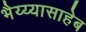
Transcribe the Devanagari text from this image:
भैय्य्यासाहेब